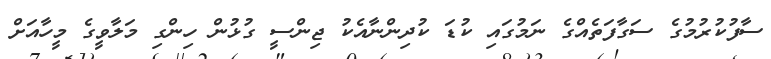
ސާފުކުރުމުގެ ސަގާފަތެއްގެ ނަމުގައި ކުޑަ ކުދިންނާއެކު ޖިންސީ ގުޅުން ހިންގި މަލާވީގެ މީހާއަށް